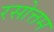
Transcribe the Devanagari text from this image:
रसोत्तम